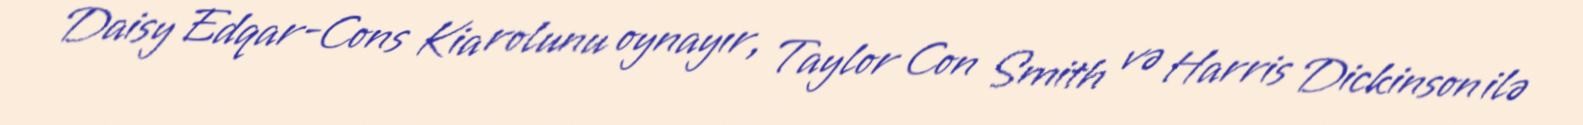
Daisy Edqar-Cons Kia rolunu oynayır, Taylor Con Smith və Harris Dickinson ilə